Indian journal of veterinary science and animal husbandry - Volume 8,
Year: 1938
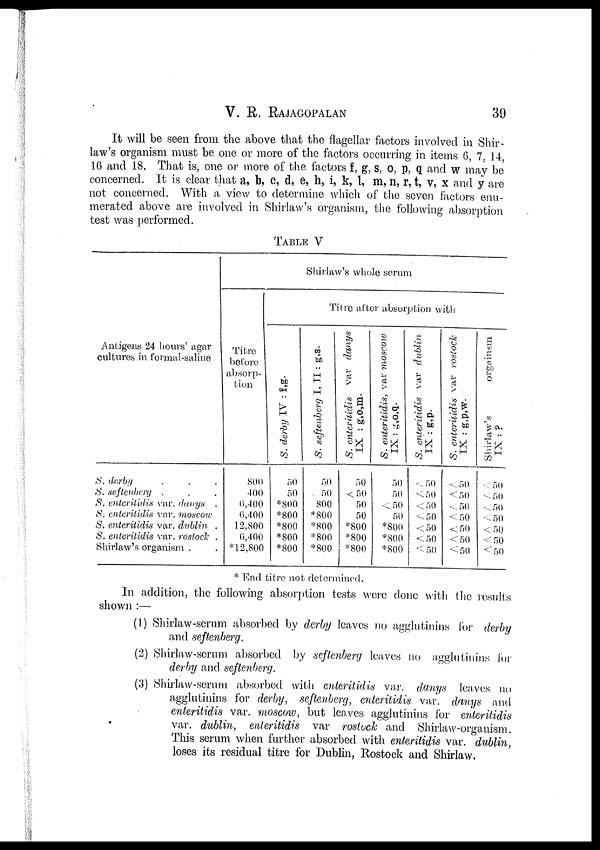
V. R. RAJAGOPALAN
39
It will be seen from the above that the flagellar factors involved in Shir-
law's organism must be one or more of the factors occurring in items 6, 7, 14,
16 and 18. That is, one or more of the factors f, g, s, o, p, q and w may be
concerned. It is clear that a, b, c, d, e, h, i, k, l, m, n, r, t, v, x and y are
not concerned. With a view to determine which of the seven factors enu-
merated above are involved in Shirlaw's organism, the following absorption
test was performed.
TABLE V
Antigens 24 hours' agar
cultures in formal-saline
S. darby . . .
S. sefenberg . . .
S. entertidis var. danys .
S. enteritidis var. moscow
S. enteritidis var. dublin .
S. enterilidis var. rostock .
Shirlaw's organism .
Shirlaw's whole serum
Titre
before
absorp-
tion
800
400
6,400
6,400
12,800
6,400
* 12,800
Titre after absorption with
S. derby IV : f,g.
50
50
*800
*800
*800
*800
*800
S. seftenberg I, II : g,s.
50
50
800
*800
*800
*800
*800
S. enteritidis var danys
IX : g,o,m.
50
<50
50
50
*800
*800
*800
S. enteritidis, var moscow
IX : g,o,q.
50
50
<50
50
*800
*800
*800
S. enteritidis var dublin
IX :g,p.
<50
<50
<50
<50
<50
<50
<50
S. enteritidis var rostock
IX : g.p.w.
<50
<50
<50
<50
<50
<50
<50
Shirlaw's
organism
IX : ?
<50
<50
<50
<50
<50
<50
<50
* End titre not determined.
In addition, the following absorption tests were done with the results
shown :—
(1) Shirlaw-serum absorbed by derby leaves no agglutinins for derby
and seftenberg.
(2) Shirlaw-serum absorbed by seftenberg leaves no agglutinins for
derby and seftenberg.
(3) Shirlaw-serum absorbed with enteritidis var. danys leaves no
agglutinins for derby, seftenberg, enteritidis var. danys and
enteritidis var. moscow, but leaves agglutinins for enteritidis
var. dublin, enteritidis var rostock and Shirlaw-organism.
This serum when further absorbed with enteritidis var. dublin,
loses its residual titre for Dublin, Rostock and Shirlaw.